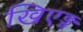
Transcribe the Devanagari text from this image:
खिएङ्ग